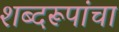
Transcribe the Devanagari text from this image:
शब्दरूपांचा